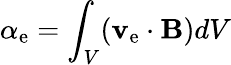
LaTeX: \alpha_{\mathrm{e}}=\int_{V}(\mathbf{{v}}_{\mathrm{e}}\cdot\mathbf{{B}})dV